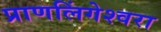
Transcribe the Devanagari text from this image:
प्राणलिंगेश्‍वरा